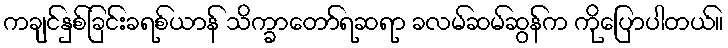
ကချင်နှစ်ခြင်းခရစ်ယာန် သိက္ခာတော်ရဆရာ ခလမ်ဆမ်ဆွန်က ကိုပြောပါတယ်။